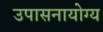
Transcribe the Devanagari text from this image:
उपासनायोग्य